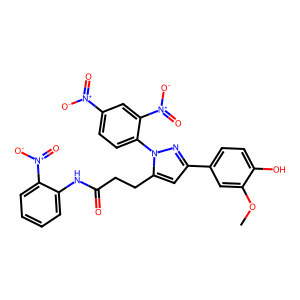
SMILES: COc1cc(-c2cc(CCC(=O)Nc3ccccc3[N+](=O)[O-])n(-c3ccc([N+](=O)[O-])cc3[N+](=O)[O-])n2)ccc1O
Inhibits HIV replication: No